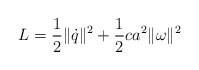
\begin{align*} L = \frac12\|\dot q\|^2 + \frac12 ca^2 \|\omega\|^2\end{align*}